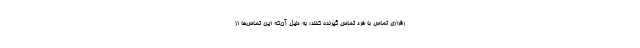
رقراری تماس با فرد تماس گیرنده کنند؛ به دلیل آن‌که این تماس‌ها از